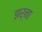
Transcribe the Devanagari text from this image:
झर्ना